Lunatic asylums Punjab 1895-1910 - 1895-1910
Year: 1895
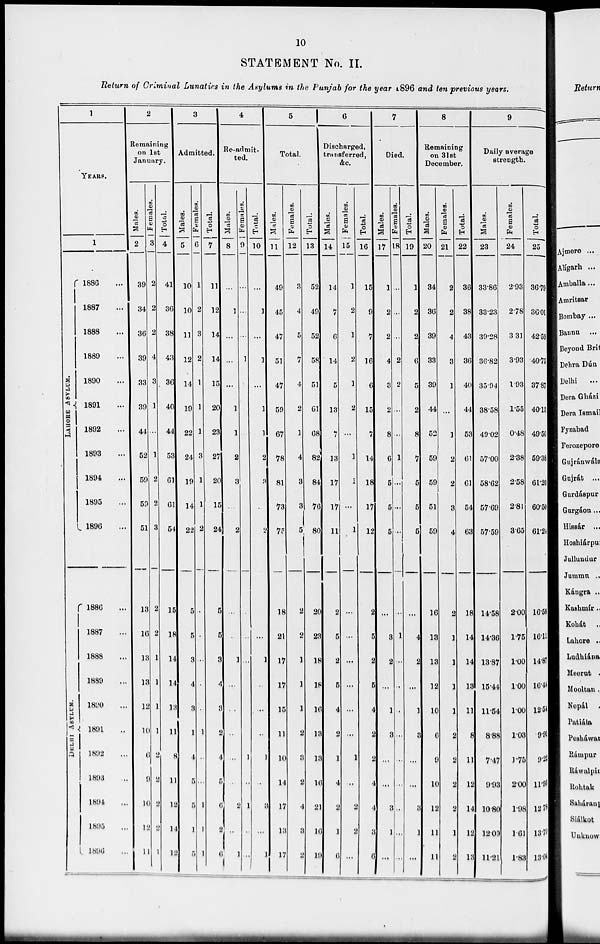
10
STATEMENT No. II.
Return of Criminal Lunatics in the Asylums in the Punjab for the year 1896 and ten previous years.
1
YEARS.
LAHORE
ASYLUM.
DELHI ASYLUM.
1
1886 ...
1887 ...
1888 ...
1889 ...
1890 ...
1891 ...
1892 ...
1893 ...
1894 ...
1895 ...
1896 ...
1886 ...
1887 ...
1888 ...
1889 ...
1890 ...
1891 ...
1892 ...
1893 ...
1894 ...
1895 ...
1896 ...
2
Remaining
on 1st
January.
Males.
2
39
34
36
39
33
39
44
52
59
59
51
13
16
13
13
12
10
6
9
10
12
11
Females.
3
2
2
2
4
3
1
...
1
2
2
3
2
2
1
1
1
1
2
2
2
2
1
Total.
4
41
36
38
43
36
40
44
53
61
61
54
15
18
14
14
13
11
8
11
12
14
12
3
Admitted.
Males.
5
10
10
11
12
14
19
22
24
19
14
22
5
5
3
4
3
1
4
5
5
1
5
Females.
6
1
2
3
2
1
1
1
3
1
1
2
...
...
...
...
...
1
...
...
1
1
1
Total.
7
11
12
14
14
15
20
23
27
20
15
24
5
5
3
4
3
2
4
5
6
2
6
4
Re-admit-
ted.
Males.
8
...
1
...
...
...
1
1
2
3
...
2
...
...
1
...
...
...
...
...
2
...
1
Females.
9
...
...
...
1
...
...
...
...
...
...
...
...
...
...
...
...
...
1
...
1
...
...
Total.
10
...
1
...
1
...
1
1
2
3
...
2
...
...
1
...
...
...
1
...
3
...
1
5
Total.
Males.
11
49
45
47
51
47
59
67
78
81
73
75
18
21
17
17
15
11
10
14
17
13
17
Females.
12
3
4
5
7
4
2
1
4
3
3
5
2
2
1
1
1
2
3
2
4
3
2
Total.
13
52
49
52
58
51
61
68
82
84
76
80
20
23
18
18
16
13
13
16
21
16
19
6
Discharged,
transferred,
&c.
Males.
14
14
7
6
14
5
13
7
13
17
17
11
2
5
2
5
4
2
1
4
2
1
6
Females.
15
1
2
1
2
1
2
...
1
1
...
1
...
...
...
...
...
...
1
...
2
2
...
Total.
16
15
9
7
16
6
15
7
14
18
17
12
2
5
2
5
4
2
2
4
4
3
6
7
Died.
Males.
17
1
2
2
4
3
2
8
6
5
5
5
...
3
2
...
1
3
...
...
3
1
...
Females.
18
...
...
...
2
2
...
...
1
...
...
...
...
1
...
...
...
...
...
...
...
...
...
Total.
19
1
2
2
6
5
2
8
7
5
5
5
...
4
2
...
1
3
...
...
3
1
...
8
Remaining
on 31st
December.
Males.
20
34
36
39
33
39
44
52
59
59
51
59
16
13
13
12
10
6
9
10
12
11
11
Females.
21
2
2
4
3
1
...
1
2
2
3
4
2
1
1
1
1
2
2
2
2
1
2
Total.
22
36
38
43
36
40
44
53
61
61
54
63
18
14
14
13
11
8
11
12
14
12
13
9
Daily average
strength.
Males.
23
33.86
33.23
39.28
36.82
35.94
38.58
49.02
57.00
58.62
57.69
57.59
14.58
14.36
13.87
15.44
11.54
8.88
7.47
9.93
10.80
12.09
11.21
Females.
24
2.93
2.78
3.31
3.93
1.93
1.55
0.48
2.38
2.58
2.81
3.65
2.00
1.75
1.00
1.00
1.00
1.03
1.75
2.00
1.98
1.61
1.83
Total.
25
36.79
36.01
42.59
40.75
37.87
40.13
49.50
59.38
61.20
60.50
61.24
16.58
16.11
14.87
16.44
12.54
9.91
9.22
11.93
12.78
13.70
13.04